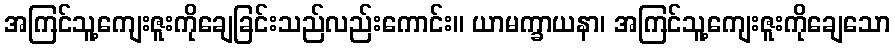
အကြင်သူ့ကျေးဇူးကိုချေခြင်းသည်လည်းကောင်း။ ယာမက္ခာယနာ၊ အကြင်သူ့ကျေးဇူးကိုချေသော